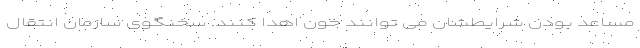
مساعد بودن شرایطشان می توانند خون اهدا کنند. سخنگوی سازمان انتقال